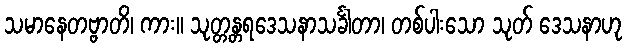
သမာနေတဗ္ဗာတိ၊ ကား။ သုတ္တန္တရဒေသနာသင်္ခါတာ၊ တစ်ပါးသော သုတ် ဒေသနာဟု